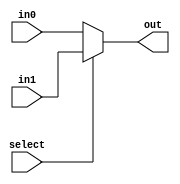
`timescale 1ns / 1ps
// A mux to work with 64-bit inputs
module mux64bit(in0, in1, select, out);
    input wire select; 
    input wire [63:0] in0;
    input wire [63:0] in1;
    output reg[63:0] out;

    always @(*)
    begin
        if(select == 0)
        begin
            out <= in0;
        end
        else begin
            out <= in1;
        end
    end

endmodule